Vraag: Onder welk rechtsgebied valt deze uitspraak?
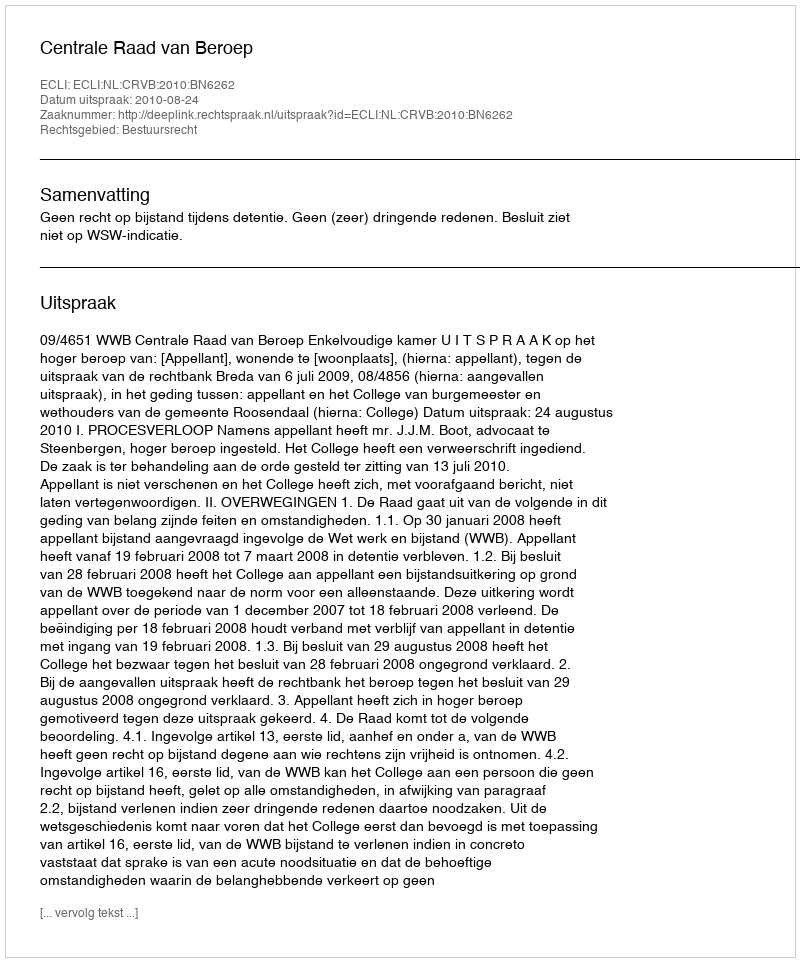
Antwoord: Bestuursrecht